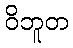
ဝိဘူတ